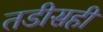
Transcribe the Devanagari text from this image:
तडीसही